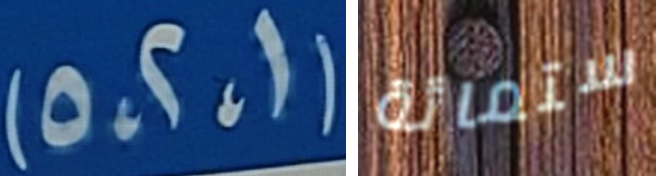
(1،2،5) ستمائة